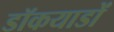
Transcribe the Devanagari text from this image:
डॉकयाडों